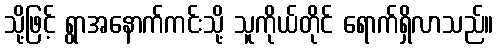
သို့ဖြင့် ရွာအနောက်ကင်းသို့ သူကိုယ်တိုင် ရောက်ရှိလာသည်။